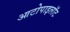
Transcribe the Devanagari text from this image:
आटोपाइलॉट